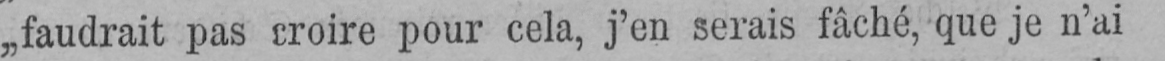
„faudrait pas croire pour cela, j’en serais fâché, que je n’ai